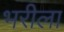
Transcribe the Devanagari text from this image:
भरीला